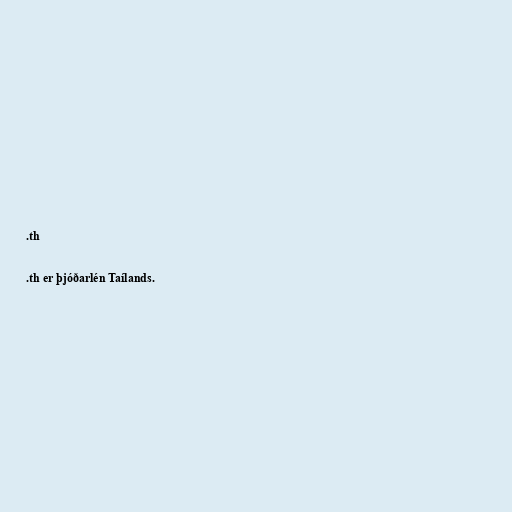
.th

.th er þjóðarlén Taílands.